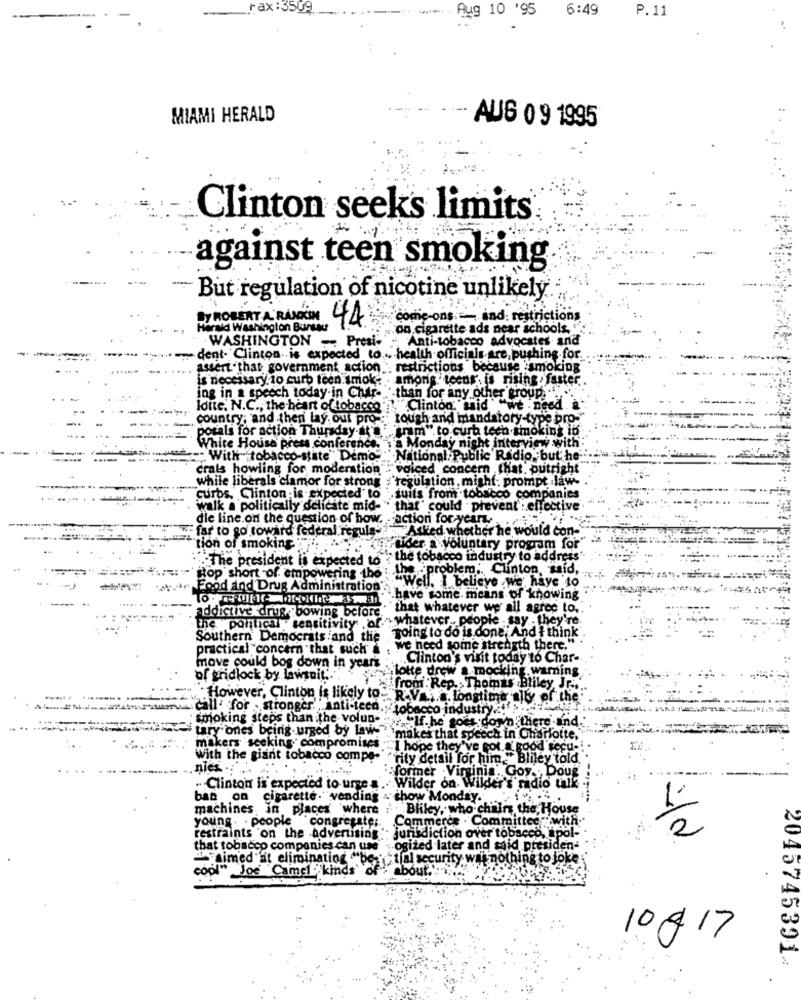
Fax :3509
..... .
Aug 10 '95
6:49
P.11
MIAMI HERALD
AUG 0 9 1995
Clinton seeks limits
against teen smoking
But regulation of nicotine unlikely
come-ons . and: restrictions
BY ROBERT A RANDOM 44
arald Washington Bursau
"on cigarette ads near schools. "".
WASHINGTON - Presi- . Anti-tobacco advocates and
- dent. Clinton is expected to ... health officials are, pushing for
assert that government action. restrictions because smoking
is necessary to curb teen smok.
amoris teens. is rising . faster.
ing in a speech today-in Char- ' than for any other group.
Idite. N.C ., the heart of tobacco'
"Clinton, said "we need .
country; and then lay out pro -: " tough and mandatory-type pro-
potals for action Thursday at'
tram" to curb tech smoking in
-
White House press conference. . a Monday night interview with
-------
- With "tobacco-state" Demo
"National Public Radio, but he'
crals howling for moderation
voiced concern .that, putright
while liberals clamor for strong
regulation. might; prompt :law-
curbs, Clinton is expected to
.suits from tobacco companies
walk a politically delicate mid-
" that" could . prevent : eff
die line on the question of how. action for years
- far to go toward federal regula ? "Asked whether he would con-
tion of smokin
Fuider a voluntary program for
"The president is expected to
the tobacco industry to address"
problem ;. Clinton, said,
stop short of empowering tho
"Well. I believe we have to
od and Drug Administration'
.have some. means of knowing
addictive drug. bowing before."
that whatever we all agree to ..
the partical sensitivity of ". whatever people say they're
Southern' Democrats and the Toing to do is done, And I think
practical concern "that such a :
, we need some strength there."
move could bog down in years :
Clinton's visit today to Char-
lotte drew a mocking. warning
of gridlock by lawsuit .. ".
from: Rep. Thomas Bliley IC ..
However, Clinton is likely to. R.V .. .. Longtime lb
or che
www.Call' for . stronger "anti-teen.tobacco industry.""
and.
tary ones being urged by laws
smoking steps than the volun-If. he goes down''th
`makes that speech in Charlotte,
makers seeking. compromises "I hope they've got. a good
With the giant tobacco compe- "rity detail for him. ""Bliley told.
.nies ... ...
former Virginia. Goy .,
- Clinton is expected to urge s.
Wilder on Wilder's radio talk
ban on cigarette. vending
show Monday.
machines, in places where
Bliley, who chairs the, House
young. . people congregate ;.
Commerce . Committees with."
restraints on the advertising : jurisdiction over tobacco, spol-
that tobacco companies can use "ogized later and said presiden-
="aimed at eliminatiog ""be ; * tial security was nothing to joke ;
cool" Joe Camel "kinds'
about."
10& 17
2045745391.